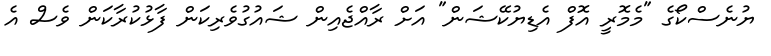
ޔުނެސްކޯގެ "މެމޮރީ އޮފް އެޑިޔުކޭޝަން" އަށް ރާއްޖެއިން ޝައުގުވެރިކަން ފާޅުކުރާކަން ވެސް އެ